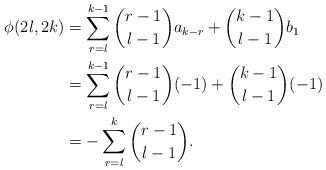
LaTeX: \begin{align*}\begin{aligned}\phi(2l , 2k)&=\sum_{r=l}^{k-1} \binom{r-1}{l-1} a_{k-r} + \binom{k-1}{l -1} b_{1} \\ &=\sum_{r=l}^{k-1} \binom{r-1}{l-1} (-1) + \binom{k-1}{l -1} (-1) \\ &=-\sum_{r=l}^{k} \binom{r-1}{l-1}.\end{aligned}\end{align*}